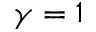
\gamma = 1